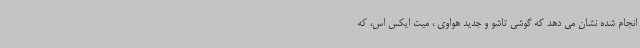
انجام شده نشان می دهد که گوشی تاشو و جدید هواوی ، میت ایکس اس، که